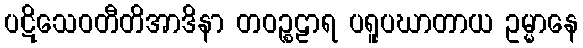
ပဋိသေဝတီတိအာဒိနာ တဝဉ္စဠာရ ပရူပဃာတာယ ဥမ္မာနေ